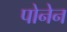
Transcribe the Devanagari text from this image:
पोनेन